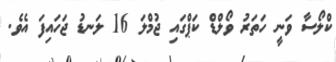
ކްލޯސާ ވަނީ ހަތަރު ވޯލްޑް ކަޕްގައި ޖުމްލަ 16 ލަނޑު ޖަހައިފަ އެވެ.